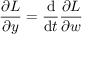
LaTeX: { \frac { \partial { L } } { \partial y } } = { \frac { \mathrm { d } } { \mathrm { d } t } } { \frac { \partial { L } } { \partial { w } } }